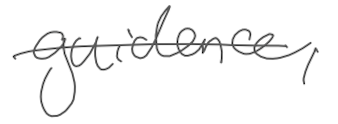
Text: guidance,
Cross-out: mix
Writing tool: digital_gray